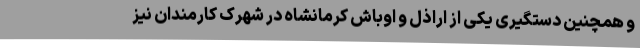
و همچنین دستگیری یکی از اراذل و اوباش کرمانشاه در شهرک کارمندان نیز